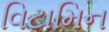
વિટામિન